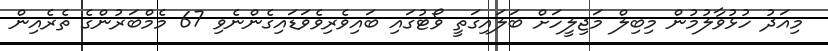
މިއަދު ހުޅުވާލުމުން މިބިލް މަޖިލީހަށް ބަލައިގަތީ ވޯޓުގައި ބައިވެރިވެވަޑައިގެންނެވި 67 މެމްބަރުންގެ ތެރެއިން